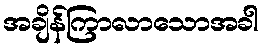
အချိန်ကြာလာသောအခါ